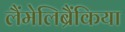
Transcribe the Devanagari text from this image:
लैंमेलिब्रैंकिया